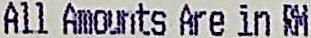
ALL AMOUNTS ARE IN RM